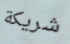
شريكة